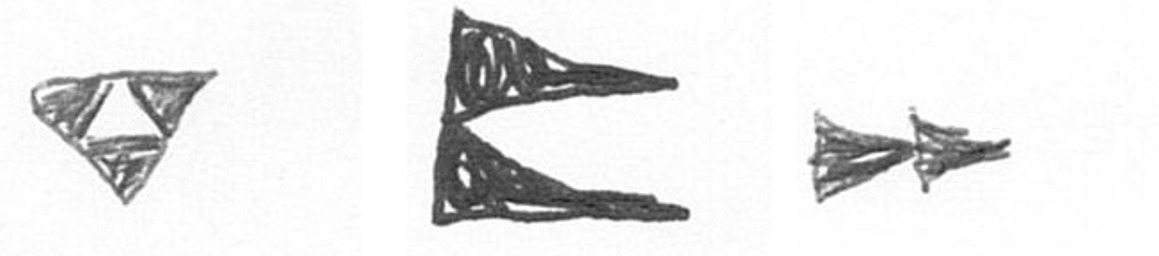
S P A